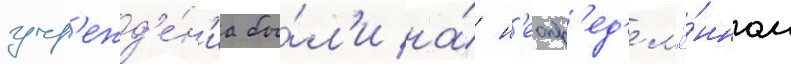
учр'ежд'е́н'иа бы́л'и на́ н'еопр'ед'ел'ё́нном